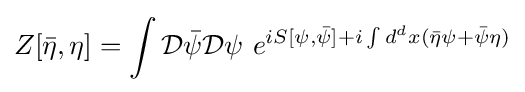
Z[{\bar {\eta }},\eta ]=\int {\mathcal {D}}{\bar {\psi }}{\mathcal {D}}\psi \ e^{iS[\psi ,{\bar {\psi }}]+i\int d^{d}x({\bar {\eta }}\psi +{\bar {\psi }}\eta )}